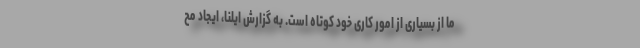
ما از بسیاری از امور کاری خود کوتاه است. به گزارش ایلنا، ایجاد مح